Civil Veterinary Department. United Provinces 1932-42 - 1932-1942
Year: 1932
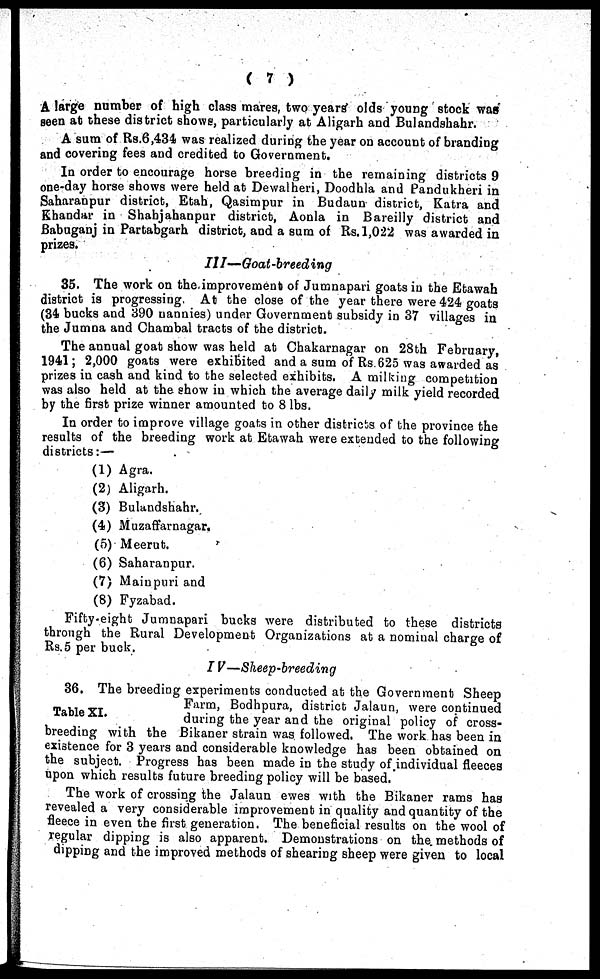
( 7 )
A large number of high class mares, two years olds young stock was
seen at these district shows, particularly at Aligarh and Bulandshahr.
A sum of Rs.6,434 was realized during the year on account of branding
and covering fees and credited to Government.
In order to encourage horse breeding in the remaining districts 9
one-day horse shows were held at Dewalheri, Doodhla and Pandukheri in
Saharanpur district, Etah, Qasimpur in Budaun district, Katra and
Khandar in Shahjahanpur district, Aonla in Bareilly district and
Babuganj in Partabgarh district, and a sum of Rs. 1,022 was awarded in
prizes.
III—Goat-breeding
35. The work on the improvement of Jumnapari goats in the Etawah
district is progressing At the close of the year there were 424 goats
(34 bucks and 390 nannies) under Government subsidy in 37 villages in
the Jumna and Chambal tracts of the district.
The annual goat show was held at Chakarnagar on 28th February,
1941; 2,000 goats were exhibited and a sum of Rs. 625 was awarded as
prizes in cash and kind to the selected exhibits. A milking competition
was also held at the show in which the average daily milk yield recorded
by the first prize winner amounted to 8 lbs.
In order to improve village goats in other districts of the province the
results of the breeding work at Etawah were extended to the following
districts:—
(1) Agra.
(2) Aligarh.
(3) Bulandshahr.
(4) Muzaffarnagar,
(5) Meerut.
(6) Saharanpur.
(7) Mainpuri and
(8) Fyzabad.
Fifty eight Jumnapari bucks were distributed to these districts
through the Rural Development Organizations at a nominal charge of
Rs.5 per buck.
IV—Sheep-breeding
Table XI.
36. The breeding experiments conducted at the Government Sheep
Farm, Bodhpura, district Jalaun, were continued
during the year and the original policy of cross-
breeding with the Bikaner strain was followed. The work has been in
existence for 3 years and considerable knowledge has been obtained on
the subject. Progress has been made in the study of individual fleeces
upon which results future breeding policy will be based.
The work of crossing the Jalaun ewes with the Bikaner rams has
revealed a very considerable improvement in quality and quantity of the
fleece in even the first generation. The beneficial results on the wool of
regular dipping is also apparent. Demonstrations on the methods of
dipping and the improved methods of shearing sheep were given to local